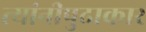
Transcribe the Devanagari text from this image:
त्यांनीपुढाकार